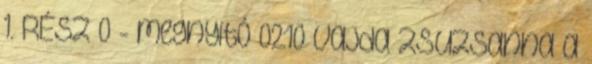
1. RÉSZ 0 - megnyitó 02:10 Vajda Zsuzsanna a